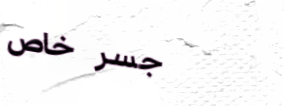
جسر خاص